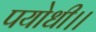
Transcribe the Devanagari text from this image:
पयोधी।।